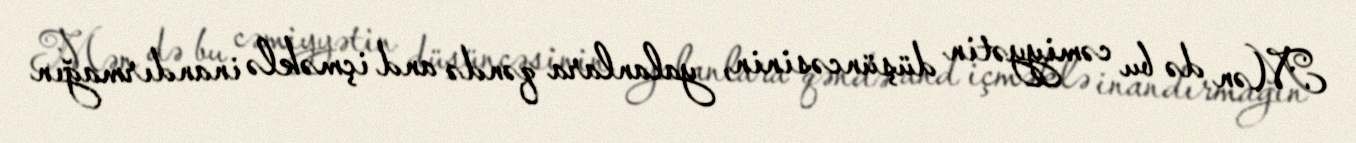
Mən də bu cəmiyyətin düşüncəsinin, yalanlara qəndə and içməklə inandırmağın